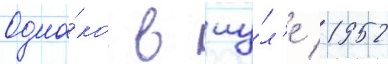
Одна́ко в иу́л'е 1952